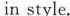
in style.